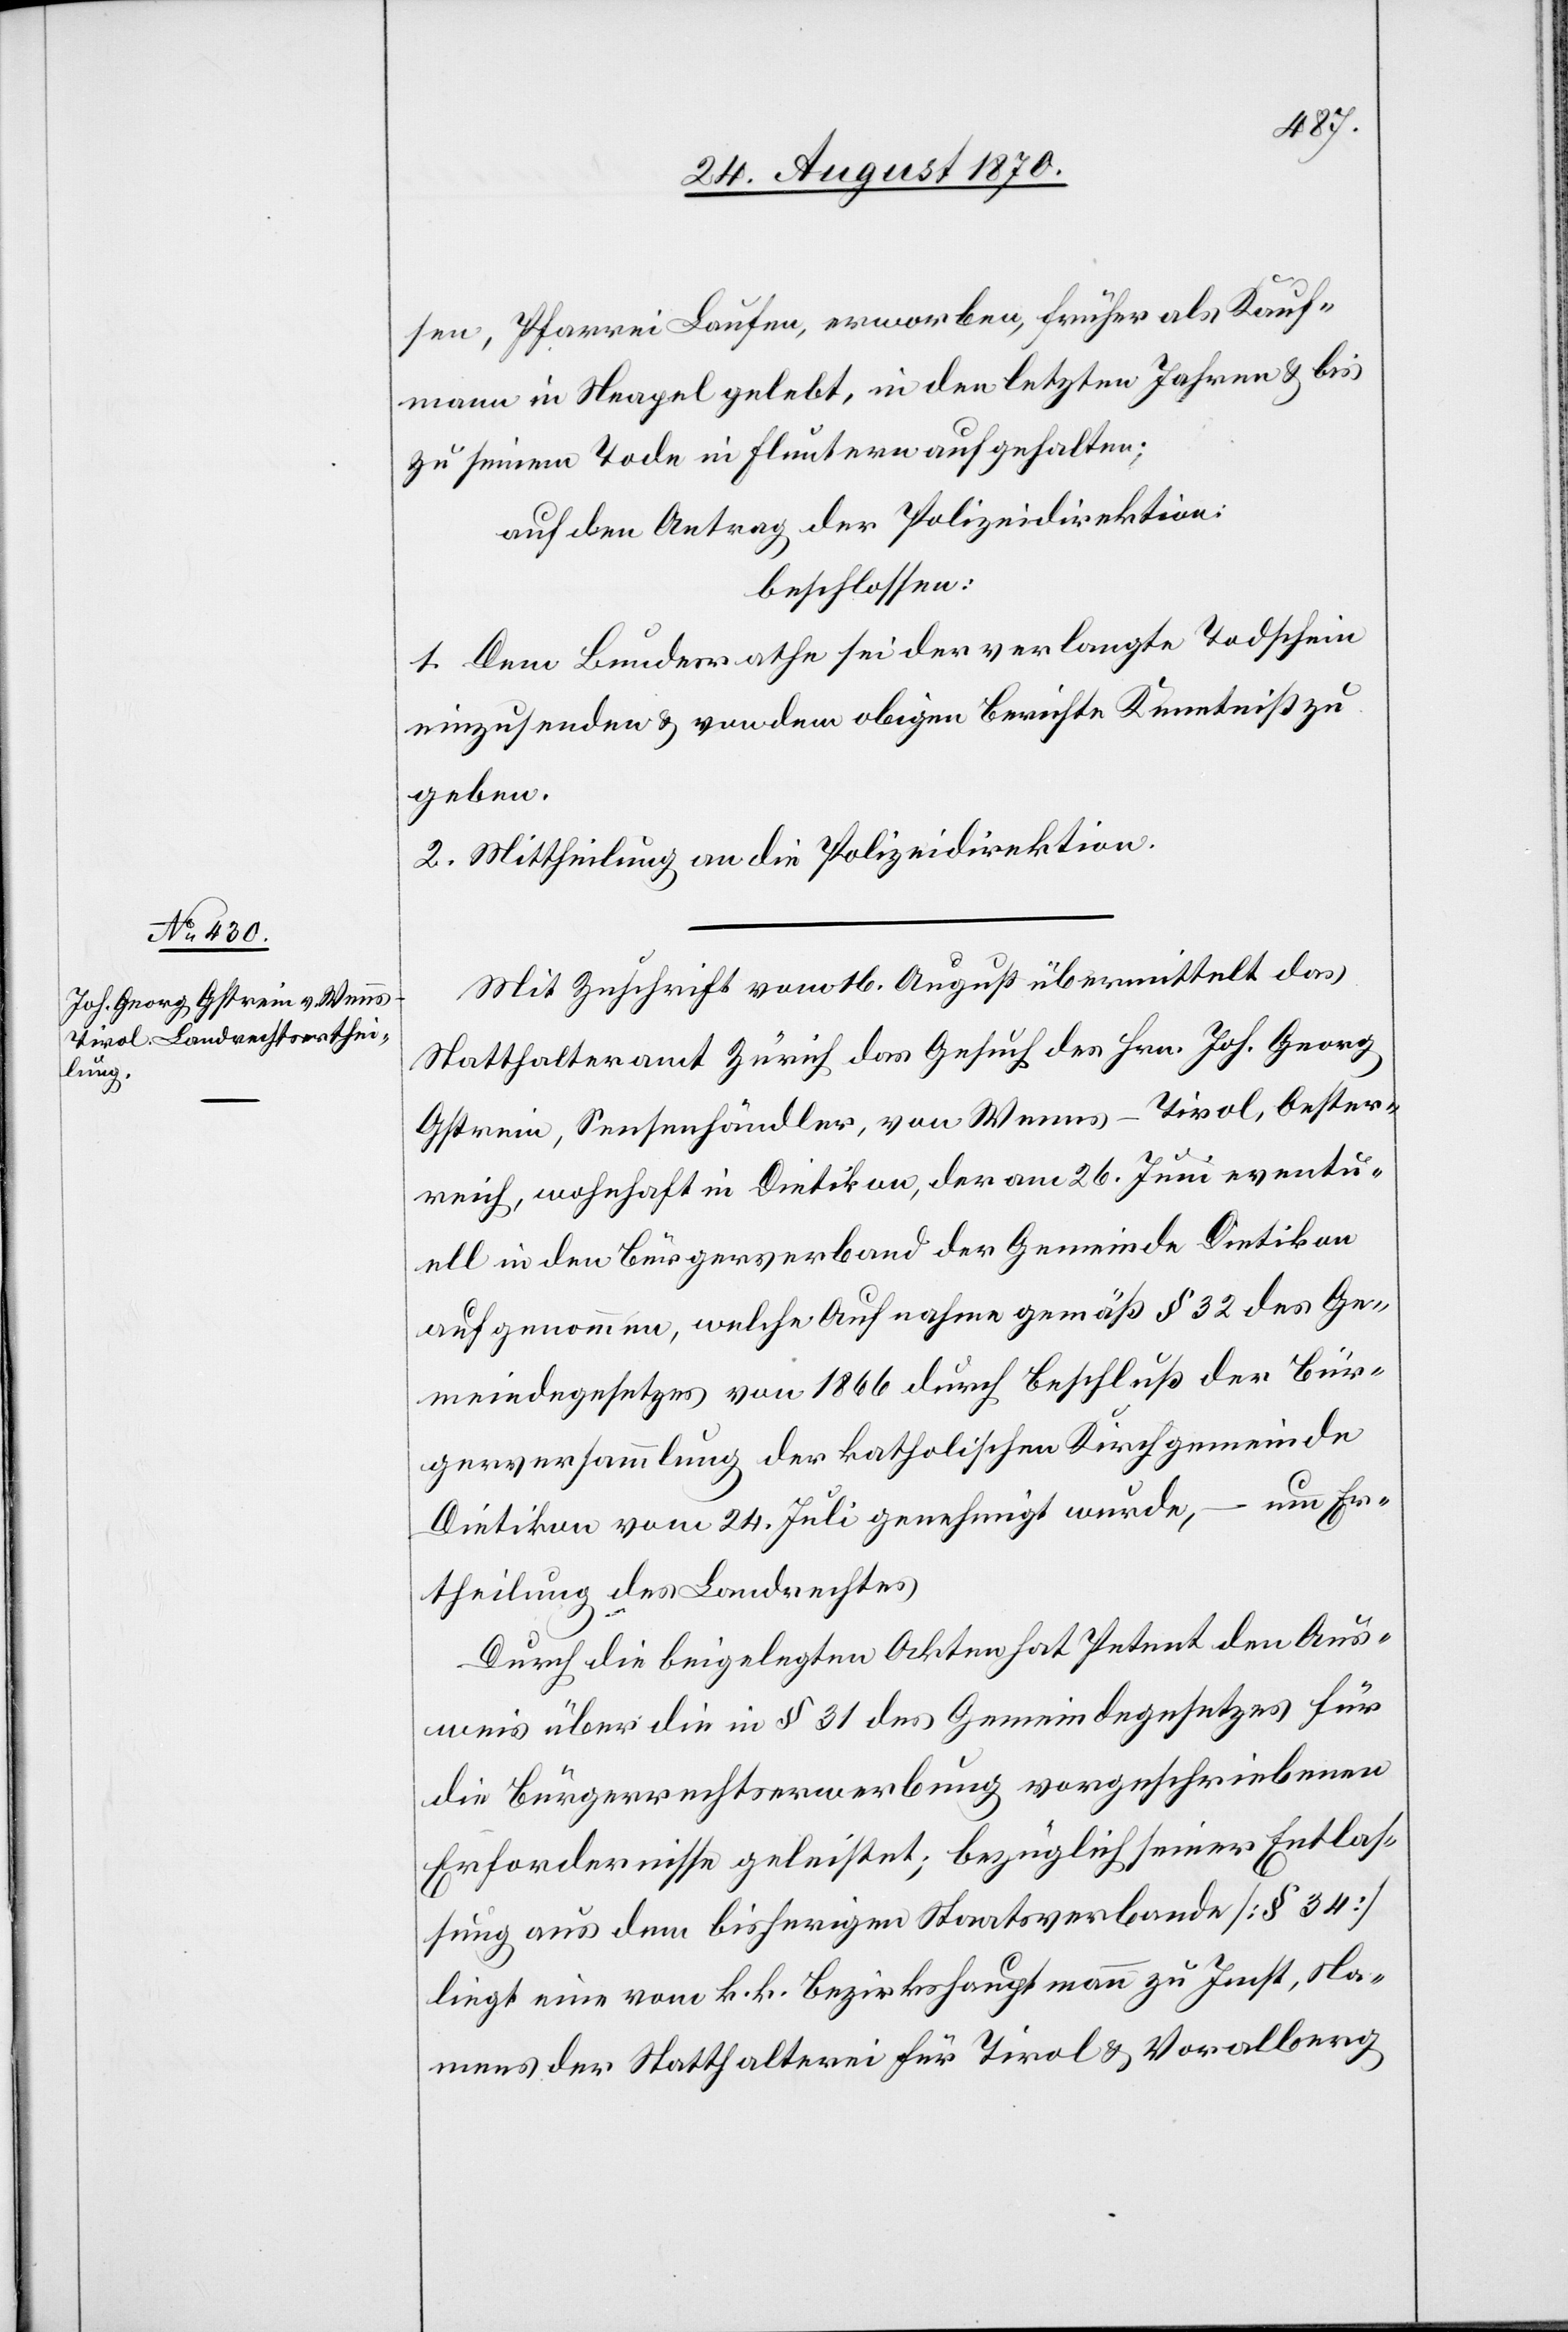
sen, Pfarrei Laufen, erworben, früher als Kauf¬
mann in Neapel gelebt, in den letzten Jahren & bis
zu seinem Tode in Fluntern aufgehalten;
auf den Antrag der Polizeidirektion,
beschlossen:
1. Dem Bundesrathe sei der verlangte Todschein
einzusenden & von dem obigen Berichte Kenntniß zu
geben.
2. Mittheilung an die Polizeidirektion.